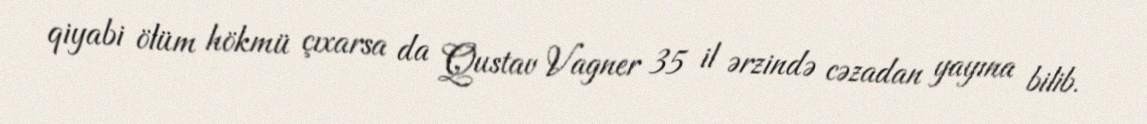
qiyabi ölüm hökmü çıxarsa da Qustav Vagner 35 il ərzində cəzadan yayına bilib.